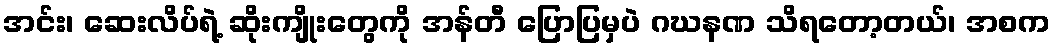
အင်း၊ ဆေးလိပ်ရဲ့ ဆိုးကျိုးတွေကို အန်တီ ပြောပြမှပဲ ဂဃနဏ သိရတော့တယ်၊ အစက